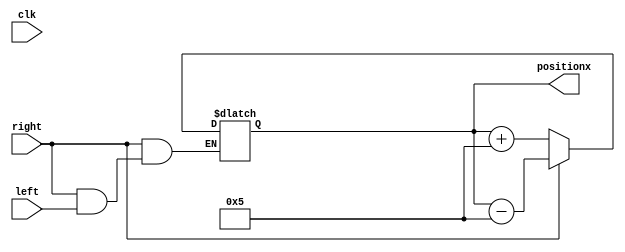
`timescale 1ns / 1ps
//////////////////////////////////////////////////////////////////////////////////
// Company: 
// Engineer: 
// 
// Design Name: 
// Module Name:    Collsion 
// Project Name: 
// Target Devices: 
// Tool versions: 
// Description: 
//
// Dependencies: 
//
// Revision: 
// Revision 0.01 - File Created
// Additional Comments: 
//
//////////////////////////////////////////////////////////////////////////////////
module Collsion(right,left,positionx,clk);
input right,left;
input [24:0]clk;
output integer positionx;
always @(clk)
	begin
	 if(right == 0  )
	 positionx = positionx+5;
	 else if(left == 0  )
	 positionx = positionx-5;
end

endmodule